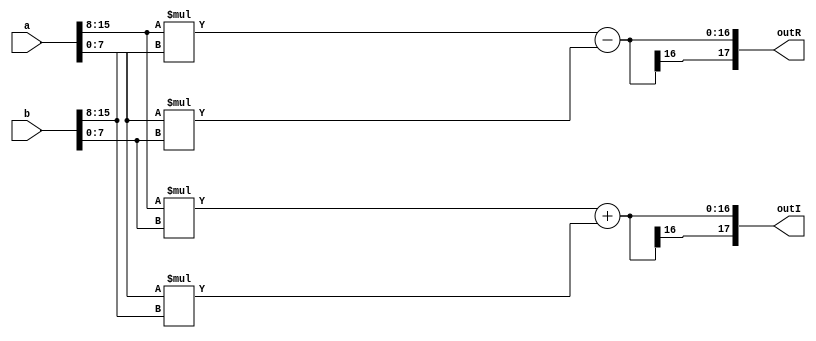
module MODE0(outR, outI, a, b);
input [15:0] a, b;
output signed [17:0] outR, outI;
wire signed [7:0] aR, aI;
wire signed [7:0] bR, bI;
wire signed [17:0] r1, r2;
wire signed [17:0] i1, i2;
assign aR = a[15:8]; assign aI = a[7:0];
assign bR = b[15:8]; assign bI = b[7:0];
assign r1 = aR*bR; assign r2 = aI*bI;
assign i1 = aR*bI; assign i2 = aI*bR;
assign outR = r1 - r2;
assign outI = i1 + i2;
endmodule